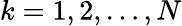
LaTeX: k=1,2,\dots,N